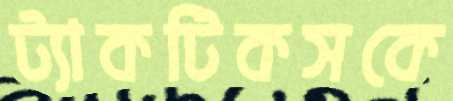
ট্যাকটিকসকে